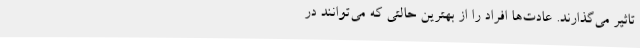
تاثیر می‌گذارند. عادت‌ها افراد را از بهترین حالتی که می‌توانند در